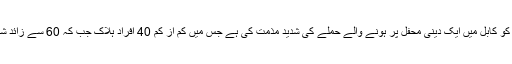
امریکہ نے منگل کو کابل میں ایک دینی محفل پر ہونے والے حملے کی شدید مذمت کی ہے جس میں کم از کم 40 افراد ہلاک جب کہ 60 سے زائد شہری ہلاک ہوئے۔